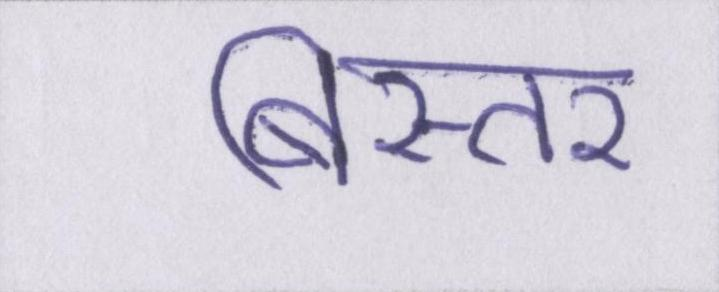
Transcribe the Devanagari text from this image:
बिस्तर